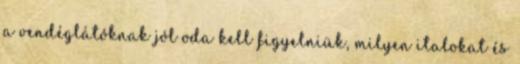
a vendéglátóknak jól oda kell figyelniük, milyen italokat és